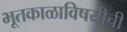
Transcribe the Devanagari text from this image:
भूतकाळाविषयीची